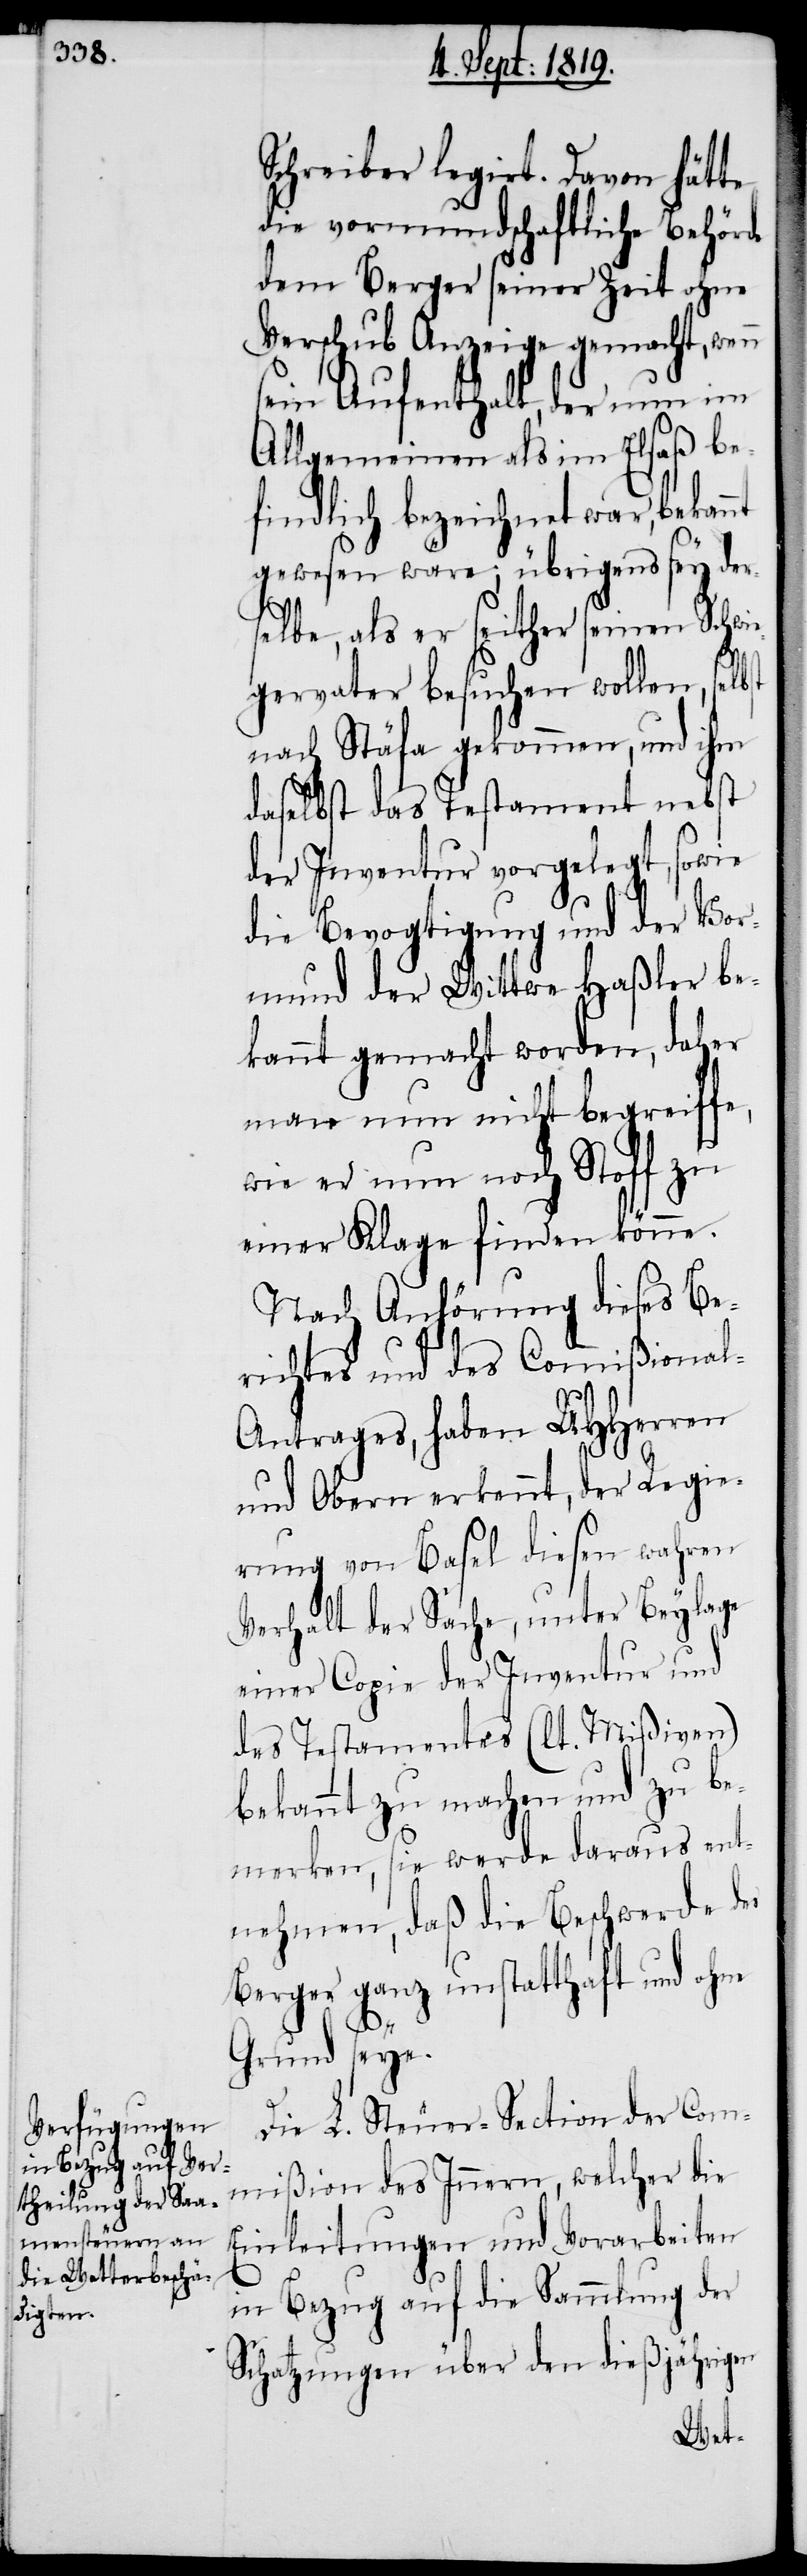
Schreiber legirt. Davon hätte
die vormundschaftliche Behörde
dem Berger seiner Zeit ohne
Verschub Anzeige gemacht, wen¬
ein Aufenthalt, der nun im
Allgemeinen als im Elsaß be¬
findlich bezeichnet war, bekannt
gewesen wäre; übrigens sey der¬
selbe, als er seither seinen Schwi¬
egervater besuchen wollen, selbst
nach Stäfa gekommen, und ihm
daselbst das Testament nebst
der Inventur vorgelegt, sowie
die Bevogtigung und der Vor¬
mund der Wittwe Haßler be¬
kannt gemacht worden, daher
man nun nicht begreiffe,
wie er nun noch Stoff zu
einer Klage finden könne.
Nach Anhörung dieses Be¬
richtes und des Commißiona¬
ntrages, haben UHHerren
und Obern erkennt, der Regie¬
rung von Basel diesen wahren
Verhalt der Sache, unter Beylage
einer Copie der Inventur und
des Testamentes (lt. Mißiven)
bekannt zu machen und zu be¬
merken, sie werde daraus ent¬
nehmen, daß die Beschwerde des
Berger ganz unstatthaft und ohne
l-A¬
Grund seye.
Die L. Steuer-Section der Com¬
mißion des Innern, welcher die
Einleitungen und Vorarbeiten
in Bezug auf die Sammlung der
Schatzungen über den dießjährigen
Wet-